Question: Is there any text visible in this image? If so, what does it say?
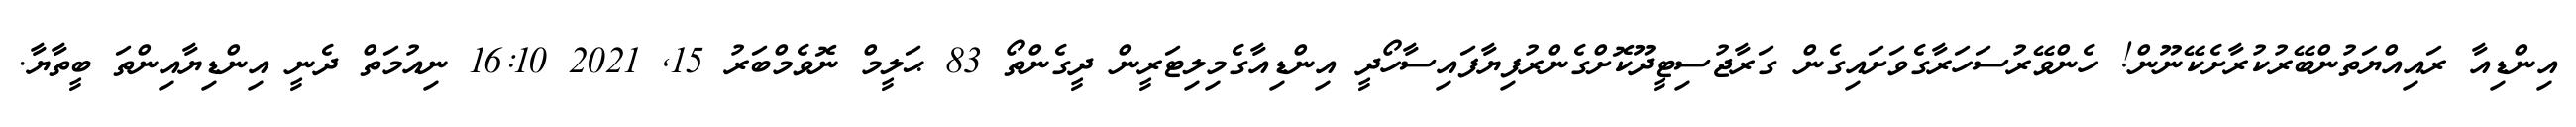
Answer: އިންޑިއާ ރައިއްޔަތުންބޭރުކުރާށެކޭނޫން! ހެންވޭރުސަހަރާގެވަށައިގެން ގަރާޖުސިޓީދޫކޮށްގެންރުފިޔާފައިސާހޯދީ އިންޑިއާގެމިލިޓަރީން ދީގެންތޯ 83 ޙަލީމް ނޮވެމްބަރު 15, 2021 16:10 ނިއުމަތް ދެނީ އިންޑިޔާއިންތަ ބީތާޔާ.